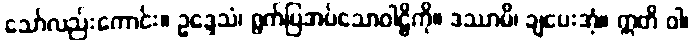
သော်လည်းကောင်း။ ဥဒ္ဒေသံ၊ ရွက်ပြအပ်သောဝါဠိကို။ ဒဿာမိ၊ ချပေးအံ့။ ဣတိ ဝါ၊